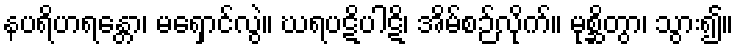
နပရိဟရန္တော၊ မရှောင်လွဲ။ ဃရပဋိပါဋိ၊ အိမ်စဉ်လိုက်။ မုစ္ဆိတွာ၊ သွား၍။